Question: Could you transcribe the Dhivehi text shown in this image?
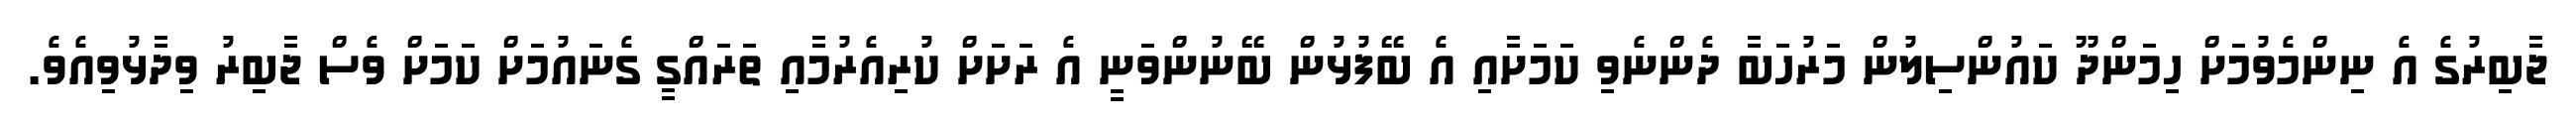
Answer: ޖާބިރުގެ އެ ނިންމެވުމަށް ހިމަންދޫ ކައުންސިލުން މަރުހަބާ ދެންނެވި ކަމަށާއި އެ ބޭފުޅުން ބޭނުންވަނީ އެ ރަށަށް ކުރިއެރުމާއި ތަރައްގީ ގެނައުމަށް ކަމަށް ވެސް ޖާބިރު ވިދާޅުވިއެވެ.